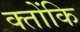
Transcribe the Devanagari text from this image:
क्तोंकि